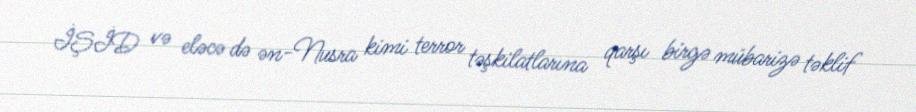
İŞİD və eləcə də ən-Nusra kimi terror təşkilatlarına qarşı birgə mübarizə təklif